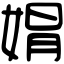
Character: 𡝭